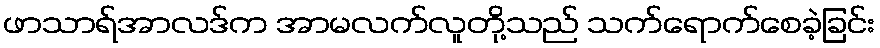
ဖာသာရ်အာလဒ်က အာမလက်လူတို့သည် သက်ရောက်စေခဲ့ခြင်း